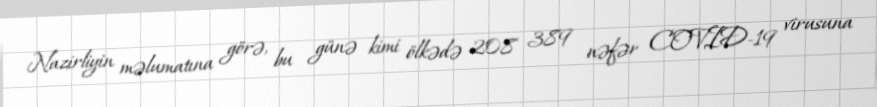
Nazirliyin məlumatına görə, bu günə kimi ölkədə 208 389 nəfər COVID-19 virusuna